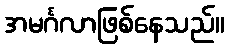
အမင်္ဂလာဖြစ်နေသည်။